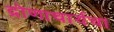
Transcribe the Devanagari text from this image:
द्रोणाचार्यचा